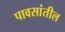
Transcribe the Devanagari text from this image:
पावसांतील